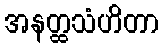
အနတ္ထသံဟိတာ